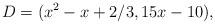
LaTeX: \begin{align*}D=(x^2 - x + 2/3, 15x -10),\end{align*}